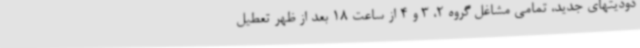
دودیتهای جدید، تمامی مشاغل گروه 2، 3 و 4 از ساعت 18 بعد از ظهر تعطیل